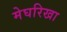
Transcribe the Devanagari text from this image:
मेघरिखा